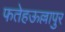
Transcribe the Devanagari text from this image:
फतेहऊल्लापुर